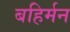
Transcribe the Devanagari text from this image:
बहिर्मन